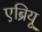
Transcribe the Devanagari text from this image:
एब्रियू